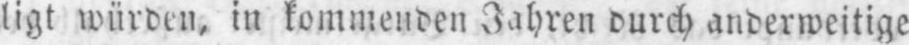
ligt würden, in kommenden Jahren durch anderweitige